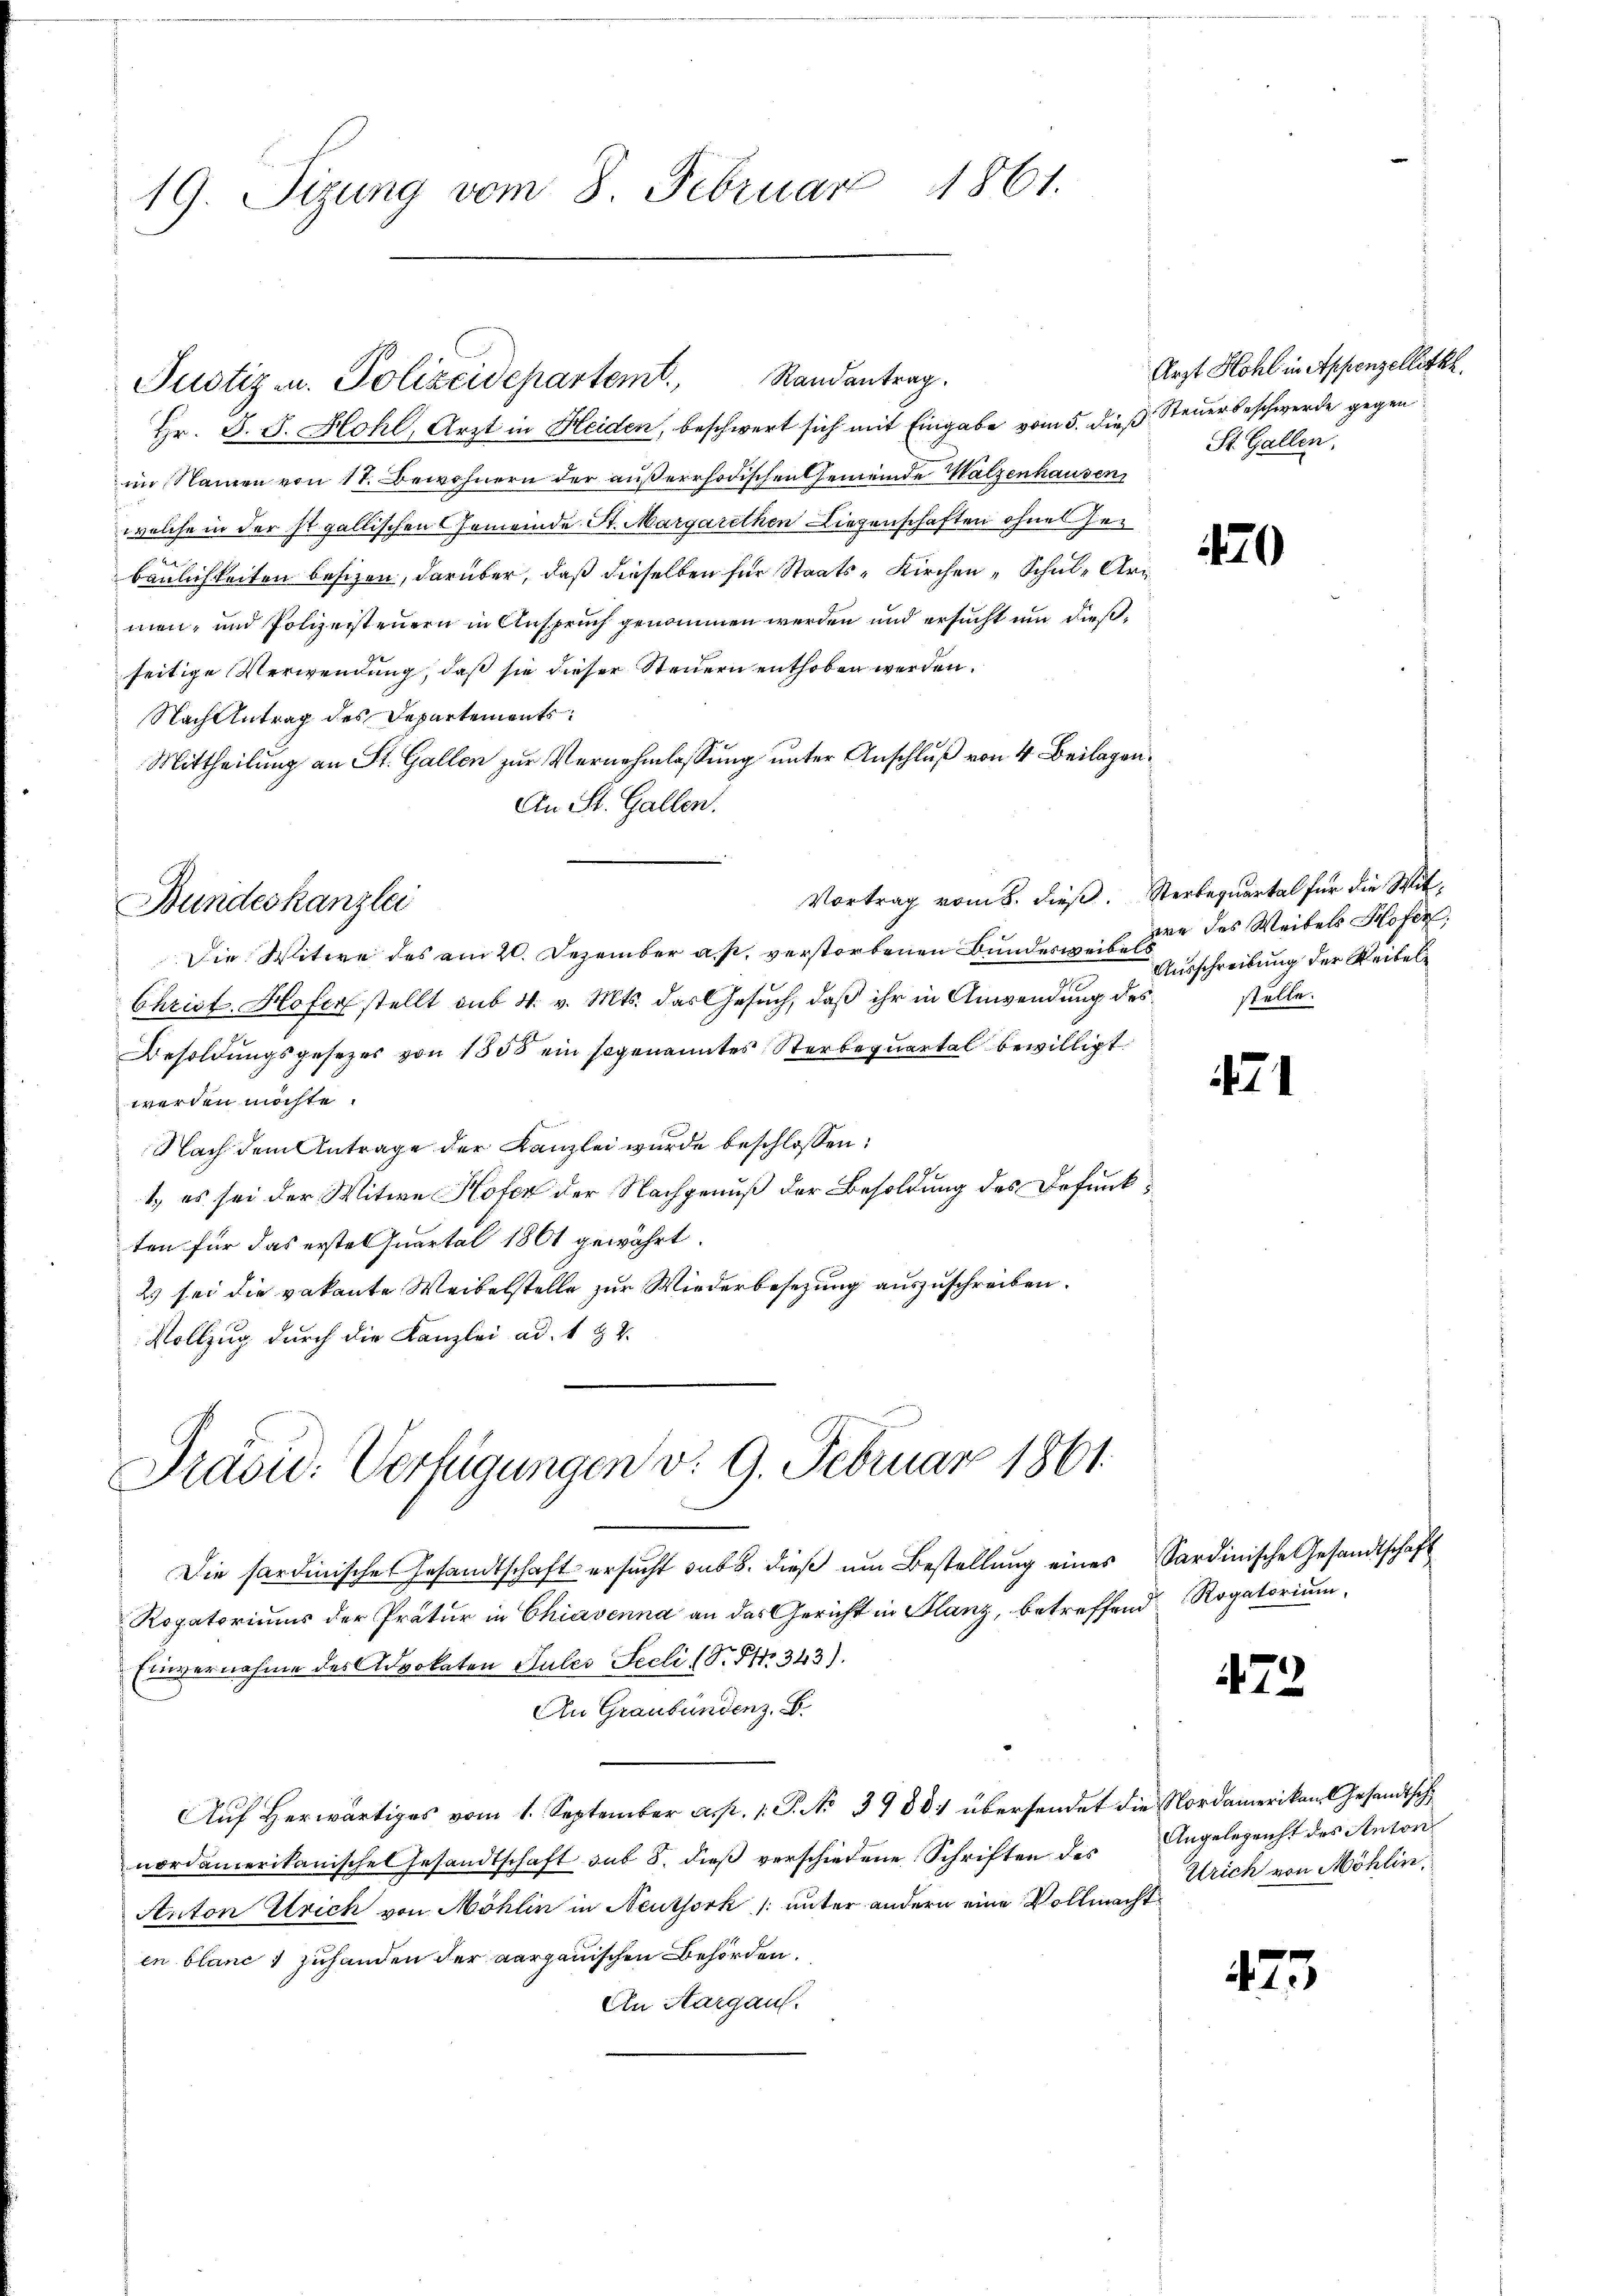
19. Sizung vom 8. Februar 1861.

Hr. J. J. Hohl, Arzt in Heiden, beschwert sich mit Eingabe vom 5. dieß Steuerbeschwerde gegen
im Namen von 17. Bewohnern der außerrhodischen Gemeinde Walzenhausen
welche in der stgallischen Gemeinde St. Margarethen Liegenschaften ohnes Gebaulichkeiten besizen, darüber, daß dieselben für Staats- Kirchen Schul- Uri
men, und Polizeisteuern in Anspruch genommen werden und ersucht und dießseitige Verwendung, daß sie dieser Steuern enthoben werden.
Nach Antrag des Departements
Mittheilung an St. Gallen zur Vernehmlassung unter Anschluß von 4 Beilagen.
An St. Gallen.

Justiz- u. Polizeidepartemt. Randantrag.

Die Witwe des am 20. Dezember a. p. verstorbenen Bunderweise des Weibels Hofen,
Christ. Hofer stellt sub 4. v. Mts. das Gesuch, daß ihr in Anwendung des
Besoldungsgesezes von 1500 ein sogenanntes Sterbequartal bewilligt.
werden möchte.
Nach dem Antrage der Kanzlei wurde beschlossen:
1., es sei der Witwe Hofer der Nachgenuß der Besoldung des Befunkten für das ersten Quartal 1861 gewährt.
2) sei die vakante Weibelstelle zur Wiederbesezung auszuschreiben.
Vollzug durch die Kanzlei ad. 1 & 2.

Bundeskanzlei

Vortrag vom 8. dieß. Sterbequartal für die Wit¬

Präsid. Verfügungen v. 9. Februar 1861.

Die sardinisches Gesandtschaft ersŭcht sub b. dieß um Bestellung eines Sardinische Gesandtschaft
Rogatoriums der Pratur in Chiavenna an das Gericht in Planz, betreffend Rogatorium,
Einvernahme des Advokaten Suler Seeli (S. S. 343).
An Graubündenz. B.
Auf Herwärtiges vom 1. September a. p. 1. P. No 39884 übersendet die Nordamerikan Gesandtsch
nordamerikanischel Gesandtschaft sub 8. dieβ verschiedene Schriften des
Anton Strich von Möhlin in Neuthork /: unter andern eine Vollmachten blanc 1 zuhanden der aargauischen Behörden.
An Margau.

Arzt Hohl in Appenzellitkh.
St. Gallen,

40

Ausschreibung der Weitel
stelle.

41

72

473

Angelegenht des Anton
Urich von Möhlin,